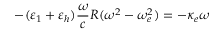
- ( \varepsilon _ { 1 } + \varepsilon _ { h } ) \frac { \omega } { c } R ( \omega ^ { 2 } - \omega _ { e } ^ { 2 } ) = - \kappa _ { e } \omega